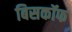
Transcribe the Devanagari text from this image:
बिसकॉफ